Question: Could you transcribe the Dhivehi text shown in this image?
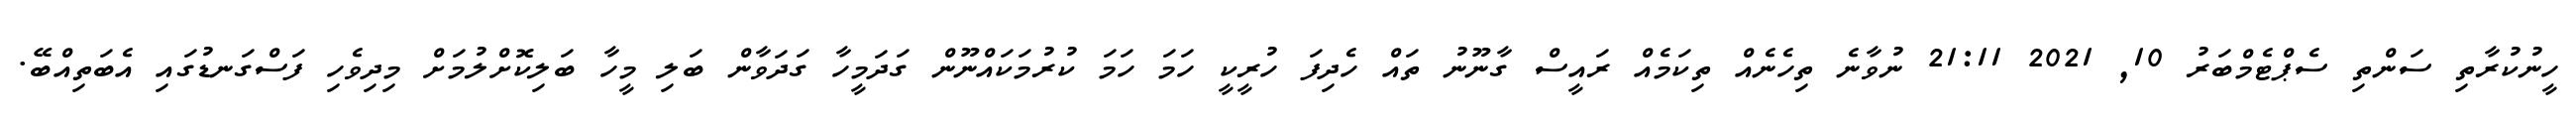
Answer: ހީނުކުރާތި ސަންތި ސެޕްޓެމްބަރު 10, 2021 21:11 ނުވާނެ ތިހެނެއް ތިކަމެއް ރައީސް ގާނޫނު ތައް ހެދިފަ ހުރީކީ ހަމަ ހަމަ ކުރުމަކައްނޫން ގަދަމީހާ ގަދަވާން ބަލި މީހާ ބަލިކޮށްލުމަށް މިދިވެހި ފަސްގަނޑުގައި އެބަތިއްބޭ.